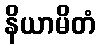
နိယာမိတံ